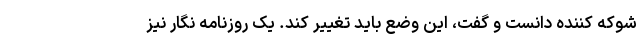
شوکه کننده دانست و گفت، این وضع باید تغییر کند. یک روزنامه نگار نیز